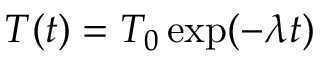
T ( t ) = T _ { 0 } \exp ( - \lambda t )